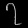
Digit: ၇